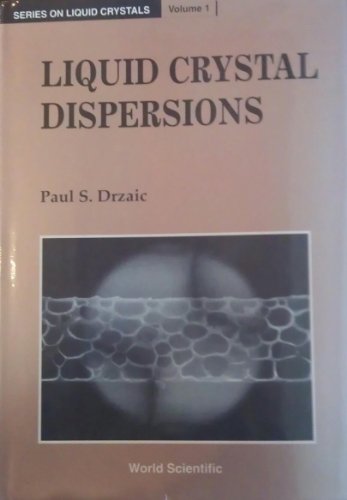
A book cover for Liquid Crystal Dispersions (Liquid Crystals Series,V0l 1); Science & Math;